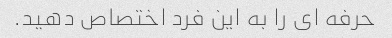
حرفه ای را به این فرد اختصاص دهید.